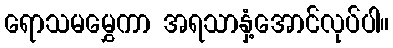
ရောသမမွှေကာ အရသာနှံ့အောင်လုပ်ပါ။